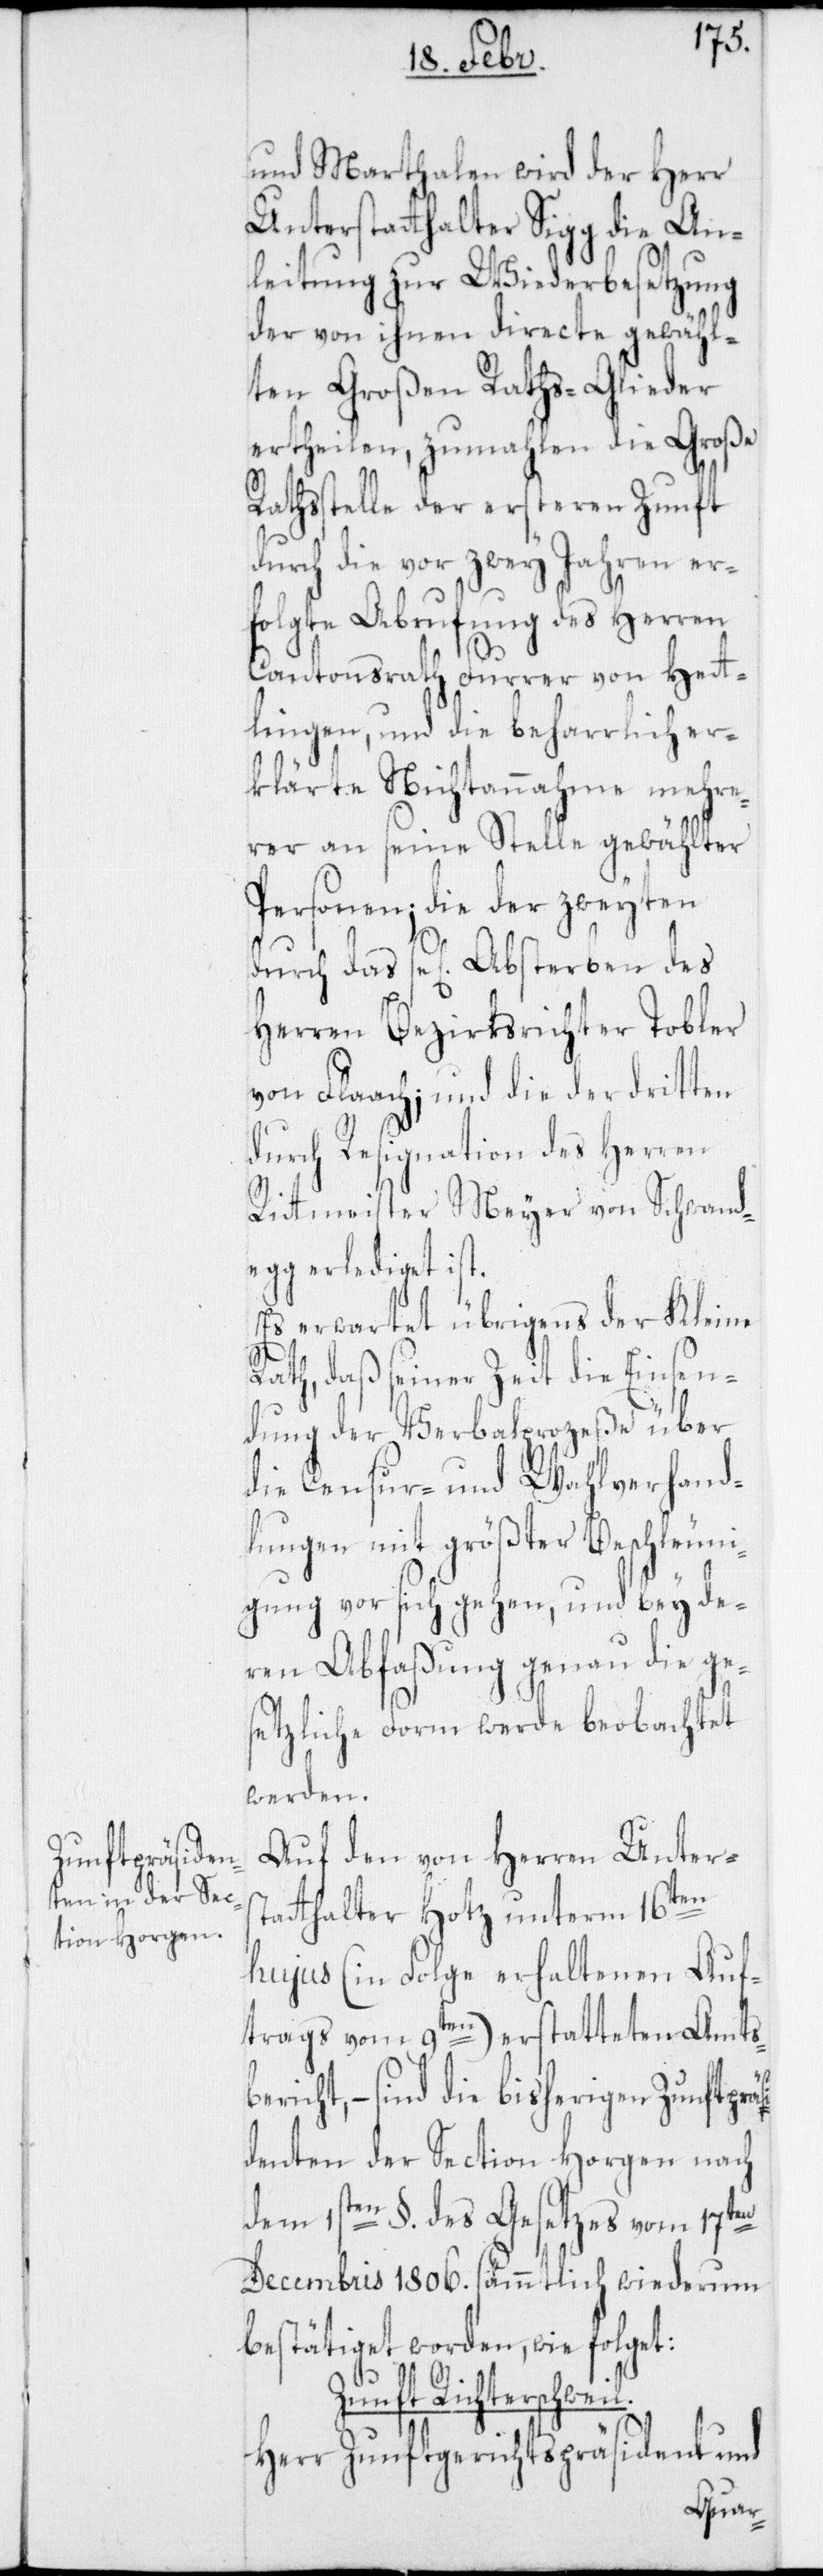
und Marthalen wird der Herr
Unterstatthalter Sigg die An¬
leitung zur Wiederbesetzung
der von ihnen directe gewähl¬
ten Großen Raths-Glieder
ertheilen, zumahlen die Große
Rathsstelle der ersteren Zunft
durch die vor zwey Jahren er¬
folgte Abrufung des Herren
Cantonsrath Furrer von Het¬
lingen, und die beharrlich er¬
klärte Nichtannahme mehre¬
rer an seine Stelle gewählter
Personen; die der zweyten
durch das sel. Absterben des
Herren Bezirksrichter Tobler
von Flaach; und die der dritten
durch Resignation des Herren
Rittmeister Meyer von Schwand¬
egg erlediget ist.
erwartet übrigens der Kleine
Rat, daß seiner Zeit die Einsen¬
dung der Verbalprozeße über
die Censur- und Wahlverhand¬
lungen mit größter Beschleuni¬
gung vor sich gehen, und bey de¬
ren Abfassung genau die ge¬
setzliche Form werde beobachtet
werden.
Auf den von Herren Unters¬
tatthalter Hotz unterm 16ten
hujus (in Folge erhaltenen Auf¬
trags vom 9ten) erstatteten Amts¬
icht, – sind die bisherigen Zunftprä¬
denten der Section Horgen nach
dem 1sten §. des Gesetzes vom 17ten
Decembris 1806. sämmtlich wiederum
bestätiget worden, wie folget:
Zunft Richterschweil.
Herr Zunftgerichtspräsident und
si¬